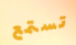
تستمع